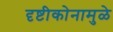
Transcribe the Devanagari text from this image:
दृष्टीकोनामुळे